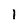
Character: 1